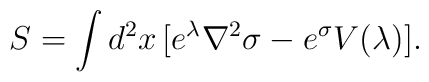
S = \int d^2x\, [e^\lambda \nabla^2 \sigma - e^\sigma V(\lambda)].